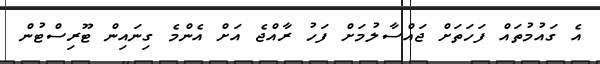
އެ ގައުމުތައް ފަހަތަށް ޖައްސާލުމަށް ފަހު ރާއްޖެ އަށް އެންމެ ގިނައިން ޓޫރިސްޓުން